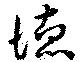
徳